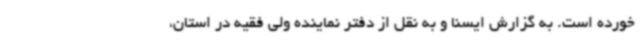
خورده است. به گزارش ایسنا و به نقل از دفتر نماینده ولی فقیه در استان،